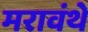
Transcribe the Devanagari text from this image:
मरावंथे